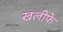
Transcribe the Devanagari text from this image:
खलीफे